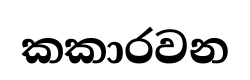
කකාරවන